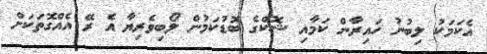
އެކަމަކު ލިބުނު ހައިރާން ކަމާއި ޝޮކްގެ ބޮޑުކަމުން ލޯބިވެރިޔާ އެ ރޭ އެއްގޮތަކަށް